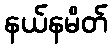
နယ်နမိတ်